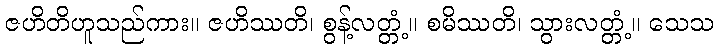
ဇဟိတိဟူသည်ကား။ ဇဟိဿတိ၊ စွန့်လတ္တံ့။ စမိဿတိ၊ သွားလတ္တံ့။ သေသ